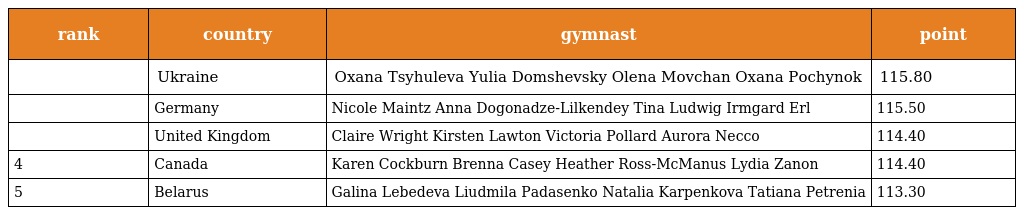
| rank | country | gymnast | point |
 | --- | --- | --- | --- |
 |  | Ukraine | Oxana Tsyhuleva Yulia Domshevsky Olena Movchan Oxana Pochynok | 115.80 |
 |  | Germany | Nicole Maintz Anna Dogonadze-Lilkendey Tina Ludwig Irmgard Erl | 115.50 |
 |  | United Kingdom | Claire Wright Kirsten Lawton Victoria Pollard Aurora Necco | 114.40 |
 | 4 | Canada | Karen Cockburn Brenna Casey Heather Ross-McManus Lydia Zanon | 114.40 |
 | 5 | Belarus | Galina Lebedeva Liudmila Padasenko Natalia Karpenkova Tatiana Petrenia | 113.30 |